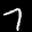
Label: 7